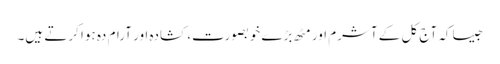
جیساکہ آج کل کے آشرم اور مٹھ بڑے خوبصورت، کشادہ اور آرام دہ ہوا کرتے ہیں۔